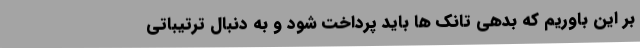
بر این باوریم که بدهی تانک ها باید پرداخت شود و به دنبال ترتیباتی